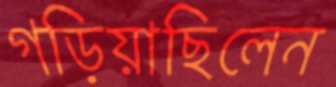
গড়িয়াছিলেন